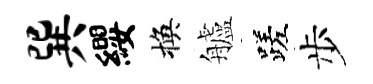
巽纓換艫蹉步